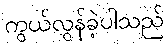
ကွယ်လွန်ခဲ့ပါသည်